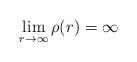
LaTeX: \begin{align*}\lim_{r\to \infty}\rho(r)=\infty\end{align*}